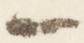
一